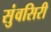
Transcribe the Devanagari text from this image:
सुंवसिरी